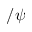
/ \psi